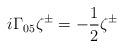
LaTeX: \begin{align*}i\Gamma _{05}\zeta ^{\pm }=-\frac 12\zeta ^{\pm }\end{align*}